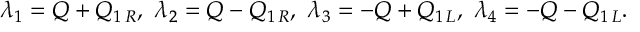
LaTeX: \lambda _ { 1 } = Q + Q _ { 1 \, R } , \ \lambda _ { 2 } = Q - Q _ { 1 \, R } , \ \lambda _ { 3 } = - Q + Q _ { 1 \, L } , \ \lambda _ { 4 } = - Q - Q _ { 1 \, L } .